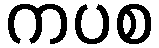
ကပစ